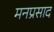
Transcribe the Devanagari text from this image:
मनप्रसाद